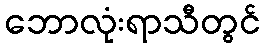
ဘောလုံးရာသီတွင်